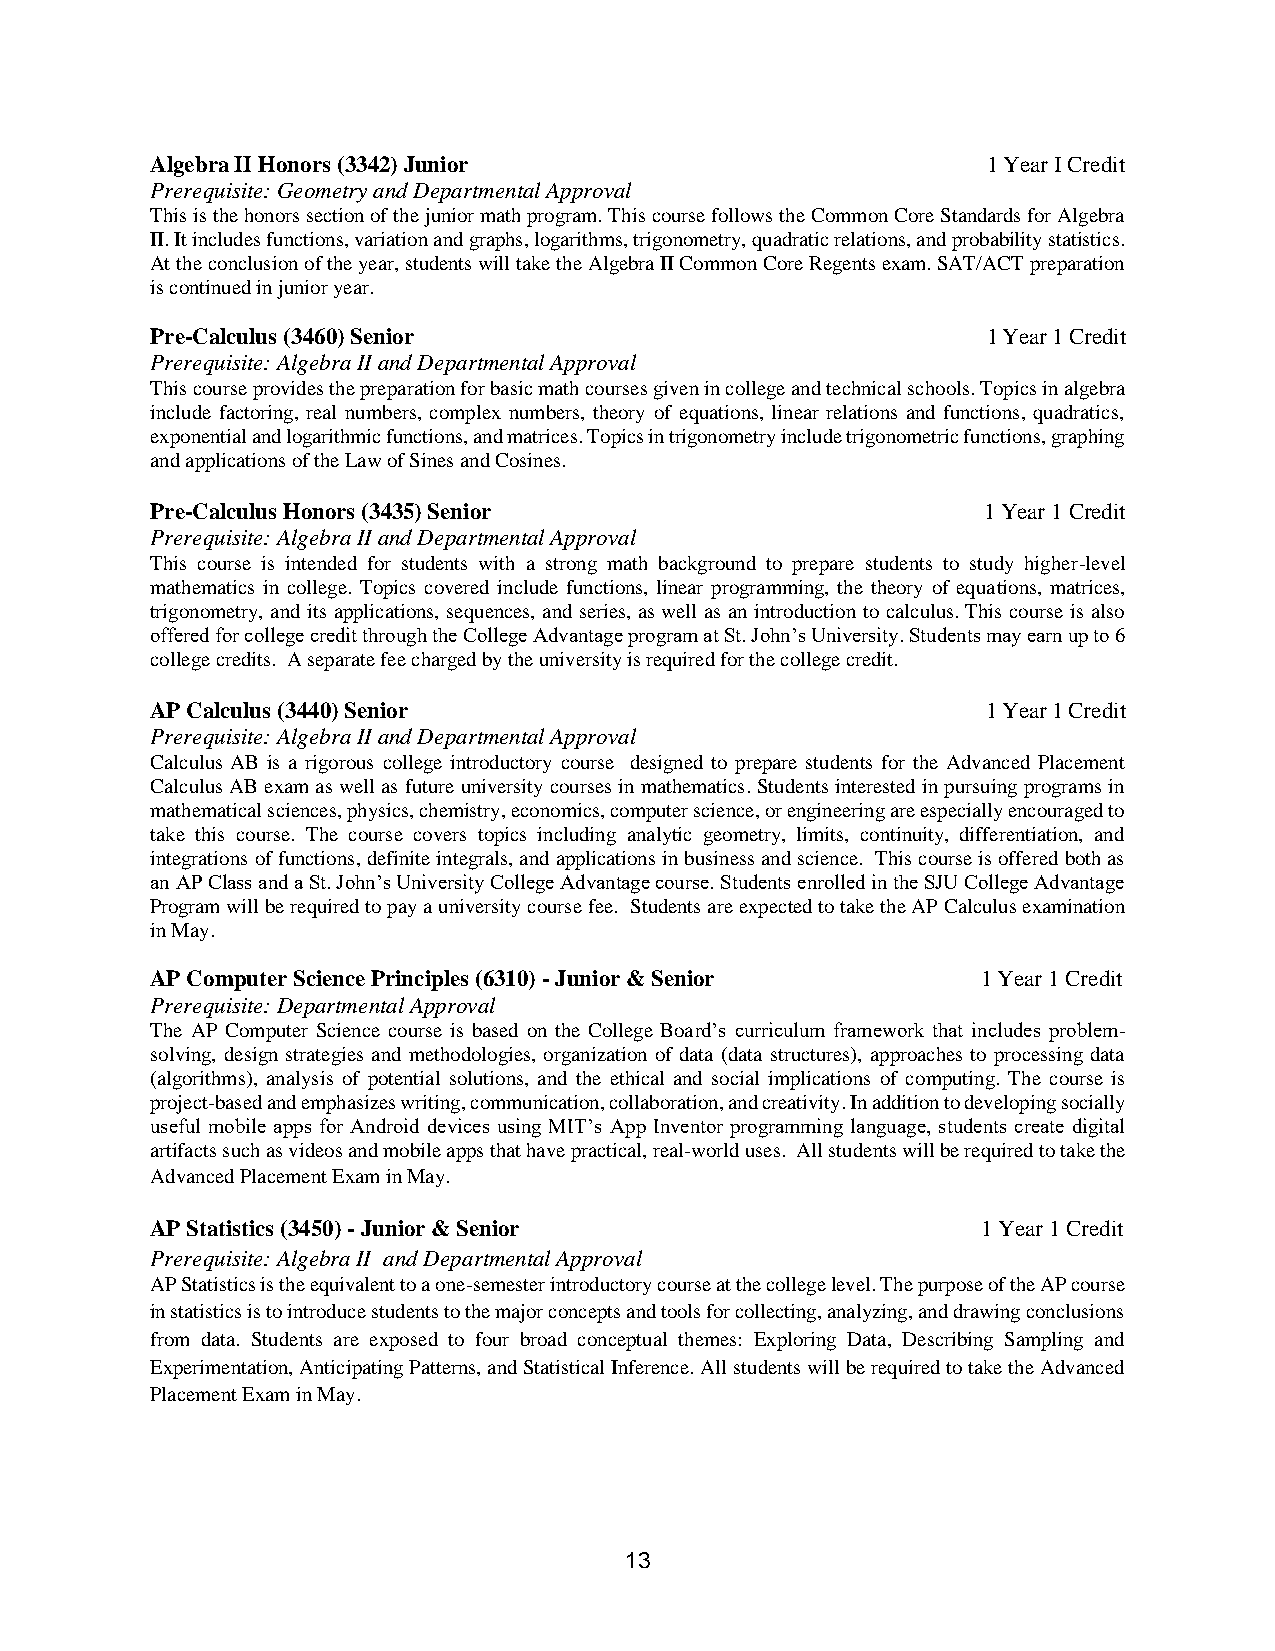
Algebra II Honors (3342) Junior                        1 Year I Credit
 Prerequisite: Geometry and Departmental Approval
 This is the honors section of the junior math program. This course follows the Common Core Standards for Algebra
 II. It includes functions, variation and graphs, logarithms, trigonometry, quadratic relations, and probability statistics.
 At the conclusion of the year, students will take the Algebra II Common Core Regents exam. SAT/ACT preparation
 is continued in junior year.
 Pre-Calculus (3460) Senior                             1 Year 1 Credit
 Prerequisite: Algebra II and Departmental Approval
 This course provides the preparation for basic math courses given in college and technical schools. Topics in algebra
 include factoring, real numbers, complex numbers, theory of equations, linear relations and functions, quadratics,
 exponential and logarithmic functions, and matrices. Topics in trigonometry include trigonometric functions, graphing
 and applications of the Law of Sines and Cosines.
 Pre-Calculus Honors (3435) Senior                      1 Year 1 Credit
 Prerequisite: Algebra II and Departmental Approval
 This course is intended for students with a strong math background to prepare students to study higher-level
 mathematics in college. Topics covered include functions, linear programming, the theory of equations, matrices,
 trigonometry, and its applications, sequences, and series, as well as an introduction to calculus. This course is also
 offered for college credit through the College Advantage program at St. John’s University. Students may earn up to 6
 college credits. A separate fee charged by the university is required for the college credit.
 AP Calculus (3440) Senior                              1 Year 1 Credit
 Prerequisite: Algebra II and Departmental Approval
 Calculus AB is a rigorous college introductory course designed to prepare students for the Advanced Placement
 Calculus AB exam as well as future university courses in mathematics. Students interested in pursuing programs in
 mathematical sciences, physics, chemistry, economics, computer science, or engineering are especially encouraged to
 take this course. The course covers topics including analytic geometry, limits, continuity, differentiation, and
 integrations of functions, definite integrals, and applications in business and science. This course is offered both as
 an AP Class and a St. John’s University College Advantage course. Students enrolled in the SJU College Advantage
 Program will be required to pay a university course fee. Students are expected to take the AP Calculus examination
 in May.
 AP Computer Science Principles (6310) - Junior & Senior 1 Year 1 Credit
 Prerequisite: Departmental Approval
 The AP Computer Science course is based on the College Board’s curriculum framework that includes problem-
 solving, design strategies and methodologies, organization of data (data structures), approaches to processing data
 (algorithms), analysis of potential solutions, and the ethical and social implications of computing. The course is
 project-based and emphasizes writing, communication, collaboration, and creativity. In addition to developing socially
 useful mobile apps for Android devices using MIT’s App Inventor programming language, students create digital
 artifacts such as videos and mobile apps that have practical, real-world uses. All students will be required to take the
 Advanced Placement Exam in May.
 AP Statistics (3450) - Junior & Senior                 1 Year 1 Credit
 Prerequisite: Algebra II and Departmental Approval
 AP Statistics is the equivalent to a one-semester introductory course at the college level. The purpose of the AP course
 in statistics is to introduce students to the major concepts and tools for collecting, analyzing, and drawing conclusions
 from data. Students are exposed to four broad conceptual themes: Exploring Data, Describing Sampling and
 Experimentation, Anticipating Patterns, and Statistical Inference. All students will be required to take the Advanced
 Placement Exam in May.
 13